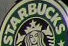
STARBUCKS